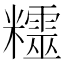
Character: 𥽛